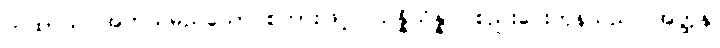
ကထာယ၊ အဘယ်မည်သော စကားဖြင့်။ သန္နိသိန္နာ၊ စည်းဝေးကုန်သည်။ အတ္ထနု၊